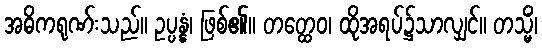
အဓိကရုဏ်းသည်။ ဥပ္ပန္နံ၊ ဖြစ်၏။ တတ္ထေဝ၊ ထိုအရပ်၌သာလျှင်။ တသ္မိံ၊